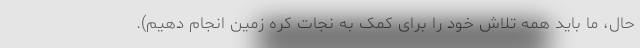
حال، ما باید همه تلاش خود را برای کمک به نجات کره زمین انجام دهیم).